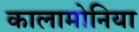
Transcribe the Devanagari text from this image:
कालामोनिया